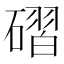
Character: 磖